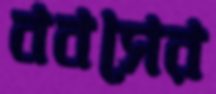
ববসের